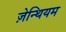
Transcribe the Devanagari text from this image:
ज़ेन्थियम